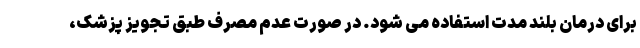
برای درمان بلند مدت استفاده می شود. در صورت عدم مصرف طبق تجویز پزشک،